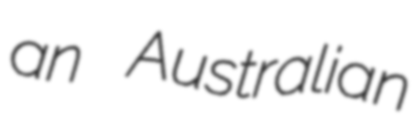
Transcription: an Australian